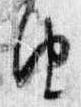
由